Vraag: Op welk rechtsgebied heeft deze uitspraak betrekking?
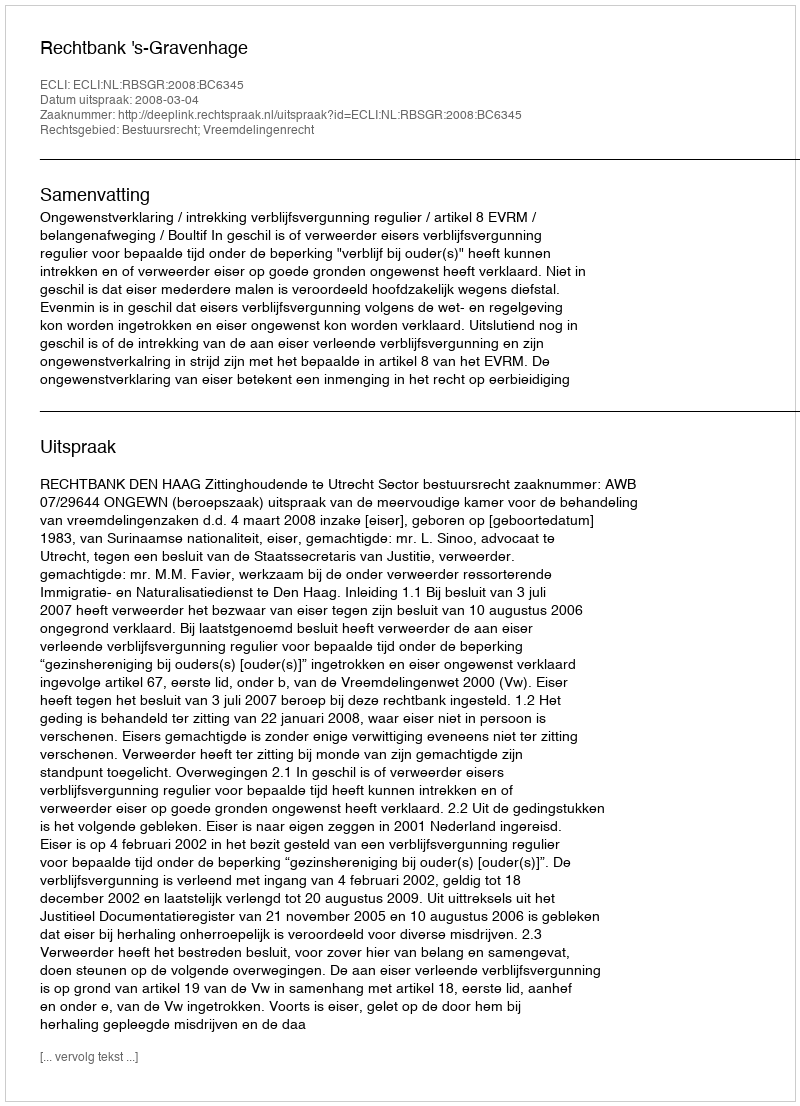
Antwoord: Bestuursrecht; Vreemdelingenrecht